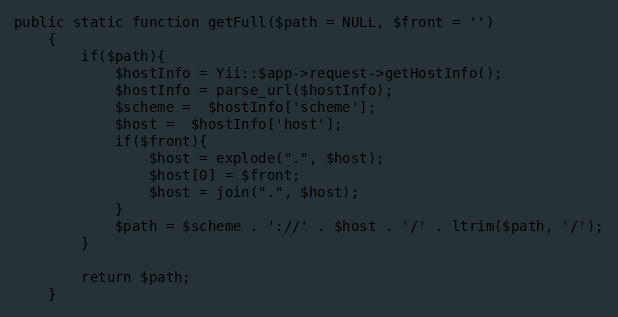
Language: PHP
public static function getFull($path = NULL, $front = '')
    {
        if($path){
            $hostInfo = Yii::$app->request->getHostInfo();
            $hostInfo = parse_url($hostInfo);
            $scheme =  $hostInfo['scheme'];
            $host =  $hostInfo['host'];
            if($front){
                $host = explode(".", $host);
                $host[0] = $front;
                $host = join(".", $host);
            }
            $path = $scheme . '://' . $host . '/' . ltrim($path, '/');
        }

        return $path;
    }